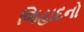
જિહાદનો